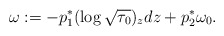
\begin{align*}\omega:=-p_1^*(\log\sqrt{\tau_0})_zdz+p_2^*\omega_0.\end{align*}